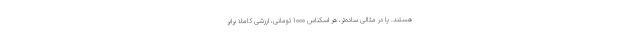
هستند. یا در مثالی ساده‌تر، هر اسکناس 1000 تومانی، ارزشی کاملا برابر